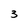
Character: 3